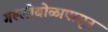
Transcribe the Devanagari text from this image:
गल्लीबोळापासून